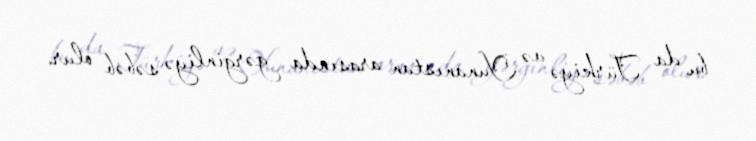
bu da Türkiyə və Yunanıstan arasında gərginliyə səbəb olur.